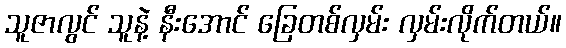
သူဇာလွင် သူနဲ့ နီးအောင် ခြေတစ်လှမ်း လှမ်းလိုက်တယ်။